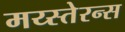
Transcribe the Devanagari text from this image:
मय्स्तेरन्स